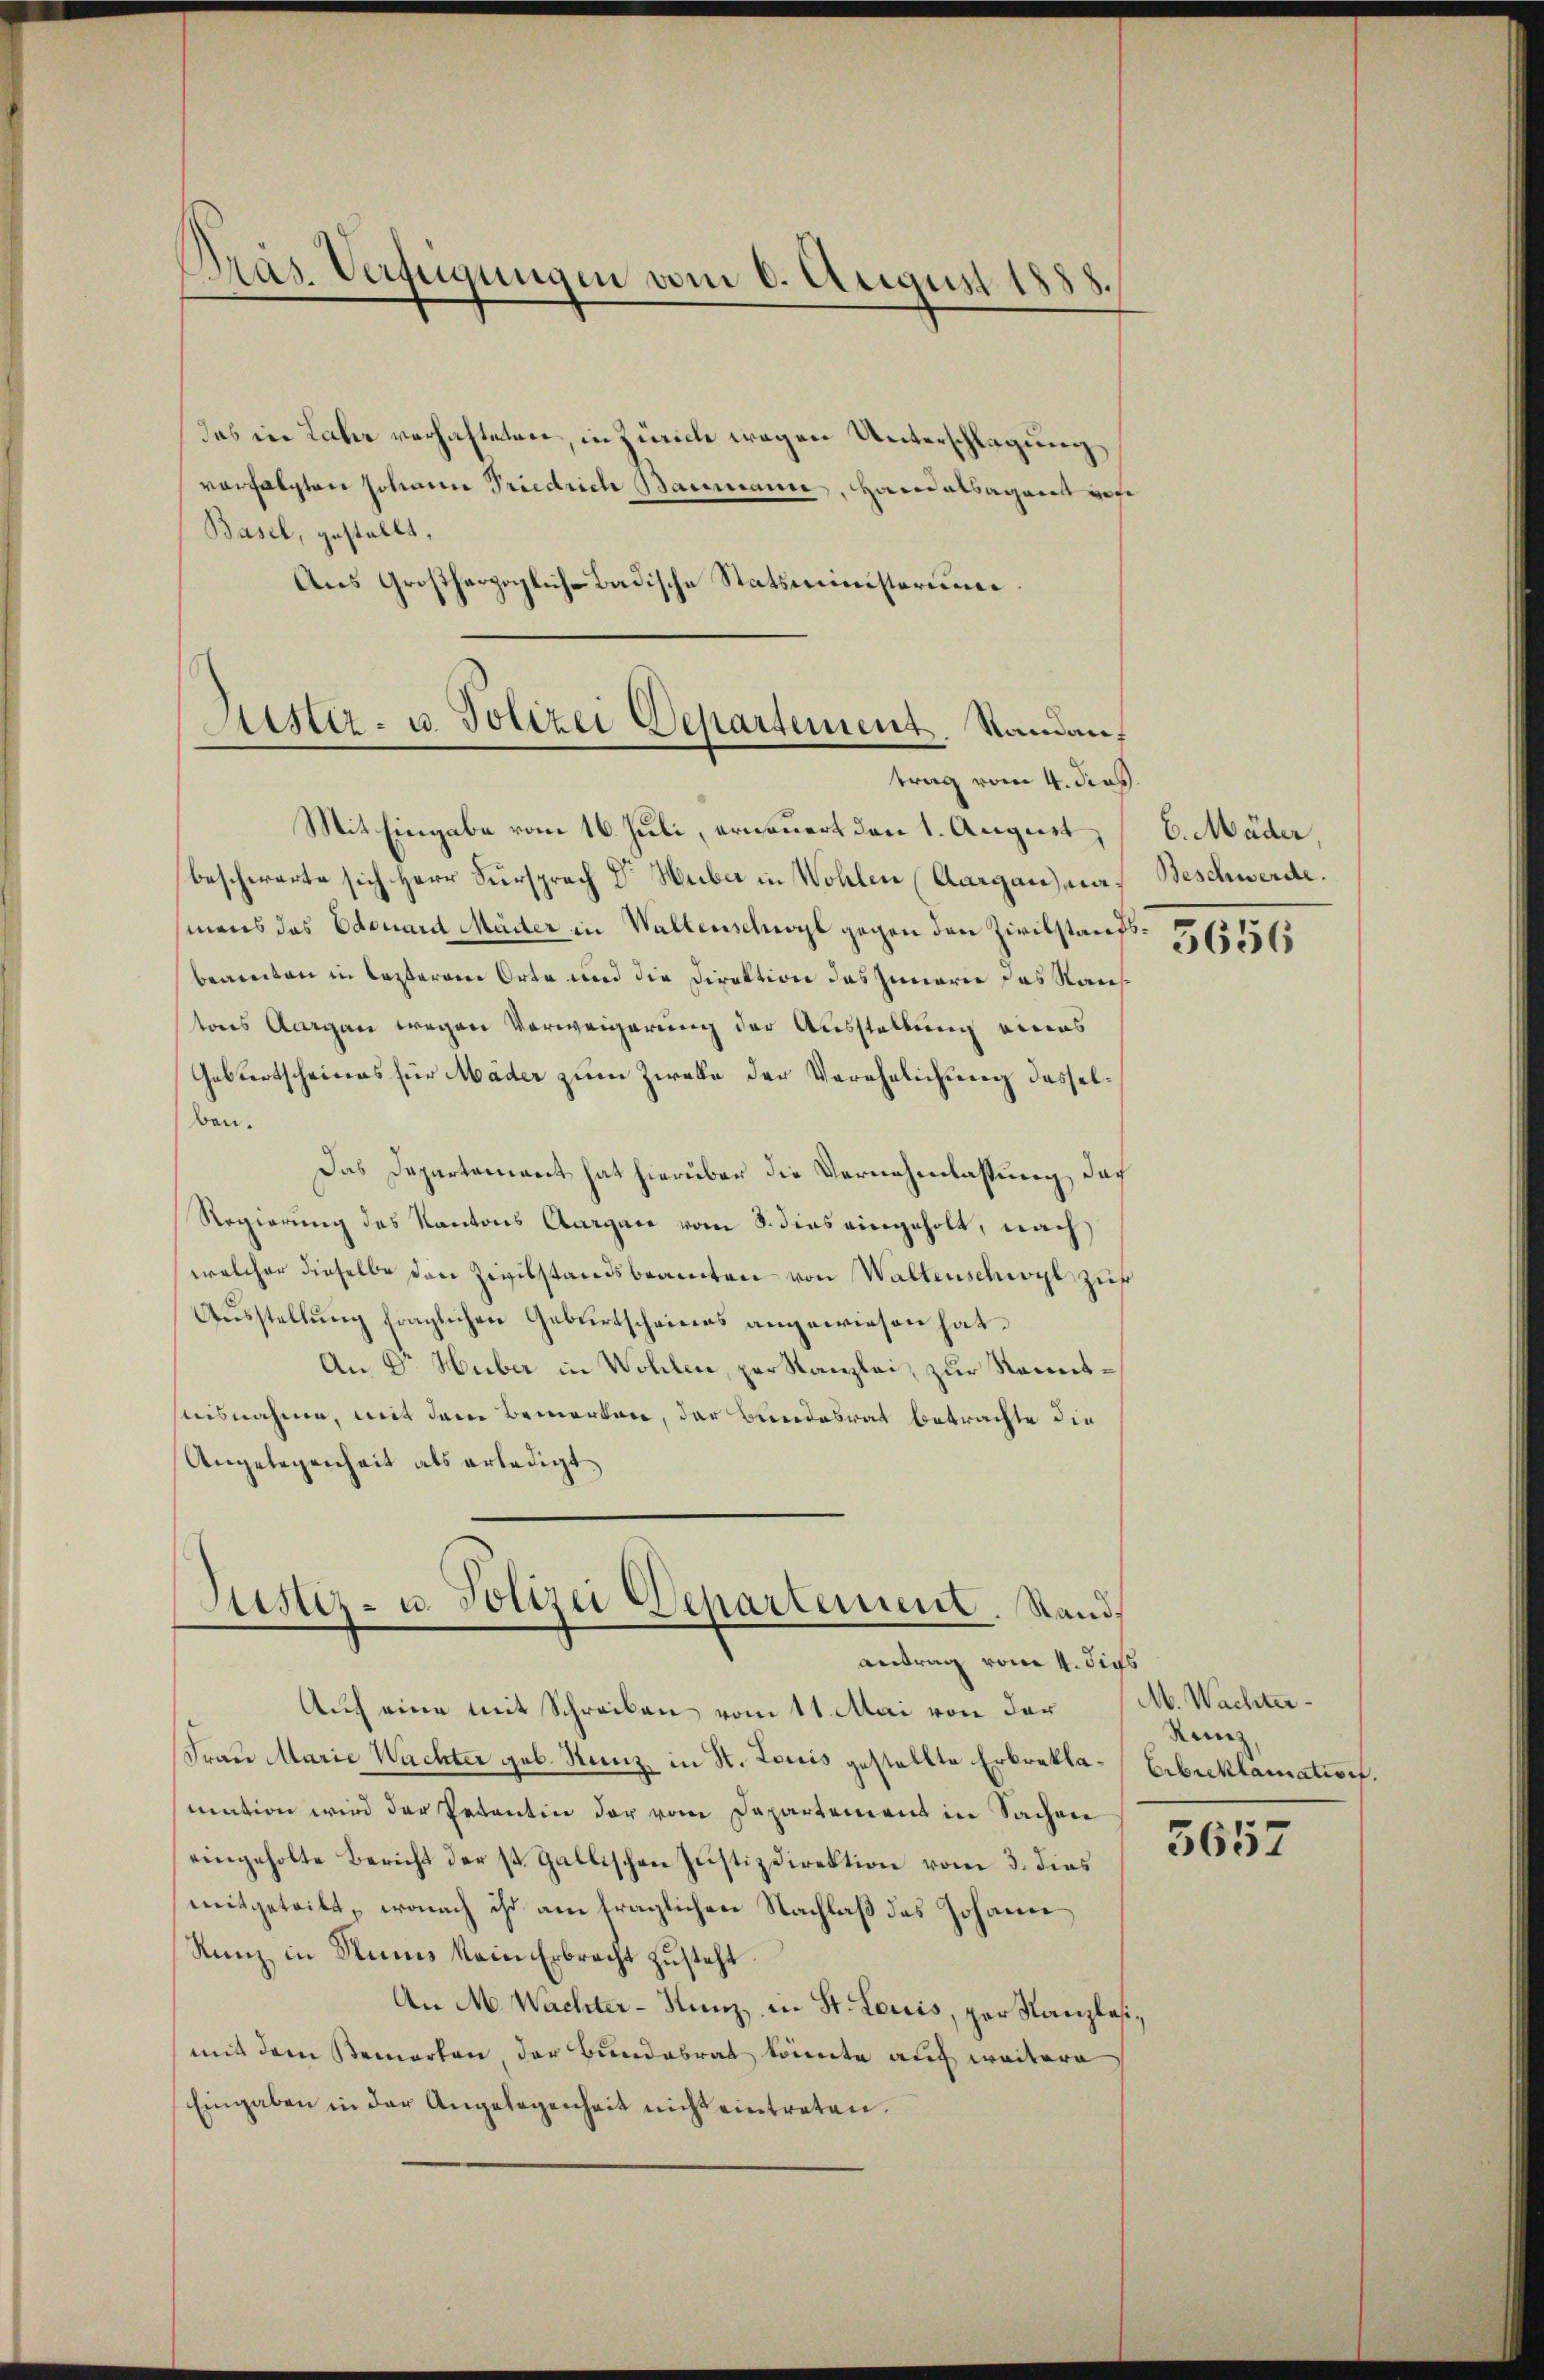
Präs. Verfügungen vom 6. August 1888.

das in Lahr verhalteten, in Zürich wegen Unterschlagung
vorfolgten Johann Friedrich Baumann, Handelsagenes gese
Basel, gestellt,
Aus Großherzoglich-Badische Statsministeriu

Sistiz- u. Polizei Departement Standauf
trag vom 4. Jos.

Mit Eingabe vom 16. Juli, erneuert den 1. August,
beschwerte sich Herr Fürsprach Dr Huber in Wohlen (Aargau), nach Beschwerde.
mens das Edouard Mäder in Waltenschwyl gegen den Zivilstandsbeamten in lasseren Orte und die Direktion des Innern das Rauf
tores Aargau wegen Vorweigerung der Ausstellung eines
Gebertscheines für Mäder zum Zweke der Verehelichung desselben.
Das Departement hat hierüber die Vernehmlassung doch
Regierung des Kantons Aargare vom 3. dies eingeholt, nach
welcher dieselbe den Zivilstandsbeamten von Waltenschwyl zur
Aŭsstellŭng fraglichen Geburtscheines angewiesen hat.
An E. Huber in Wohlen, per Kanzlei, zur Kenntsteisnahme, mit dem Bemerken, der Bundesrat betrachte die
Angelegenheit als erledigt,

Stister- u. Polizei Departement. Stand
antrag vom 4. dies

Auf eine mit Schreiben vom 11. Mai von der
Frau Marie Wachter geb. Stanz in St. Louis gestellte Erbrekla-Eibeklamation.
mation wird der Petentin der vom Departement in Sachen
eingeholte Bericht der st. Gallischen Justizdirektion vom 3. dies
mitgeteilt, wonach ihr am fraglichen Nachlaß des Johann
Runz in Rums kein Erbrecht zusteht.
An M. Wachter-Kunz in St. Louis, per Kanzlosimit dem Bemerken, der Bundesrat könnte auch weitere
Eingaben in der Angelegenheit nicht eintreten.

6. Mäder,
5656

M. Wachter¬
Renz

5657